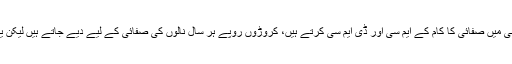
ناصر شاہ کا مزید کہنا تھا کہ کراچی میں صفائی کا کام کے ایم سی اور ڈی ایم سی کرتے ہیں، کروڑوں روپے ہر سال نالوں کی صفائی کے لیے دیے جاتے ہیں لیکن یہ اپنا کام چھوڑ کر تنقید کرتے ہیں۔